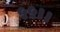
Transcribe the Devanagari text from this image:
५५।।